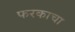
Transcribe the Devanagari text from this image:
फरकाचा